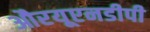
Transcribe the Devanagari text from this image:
औरयूएनडीपी